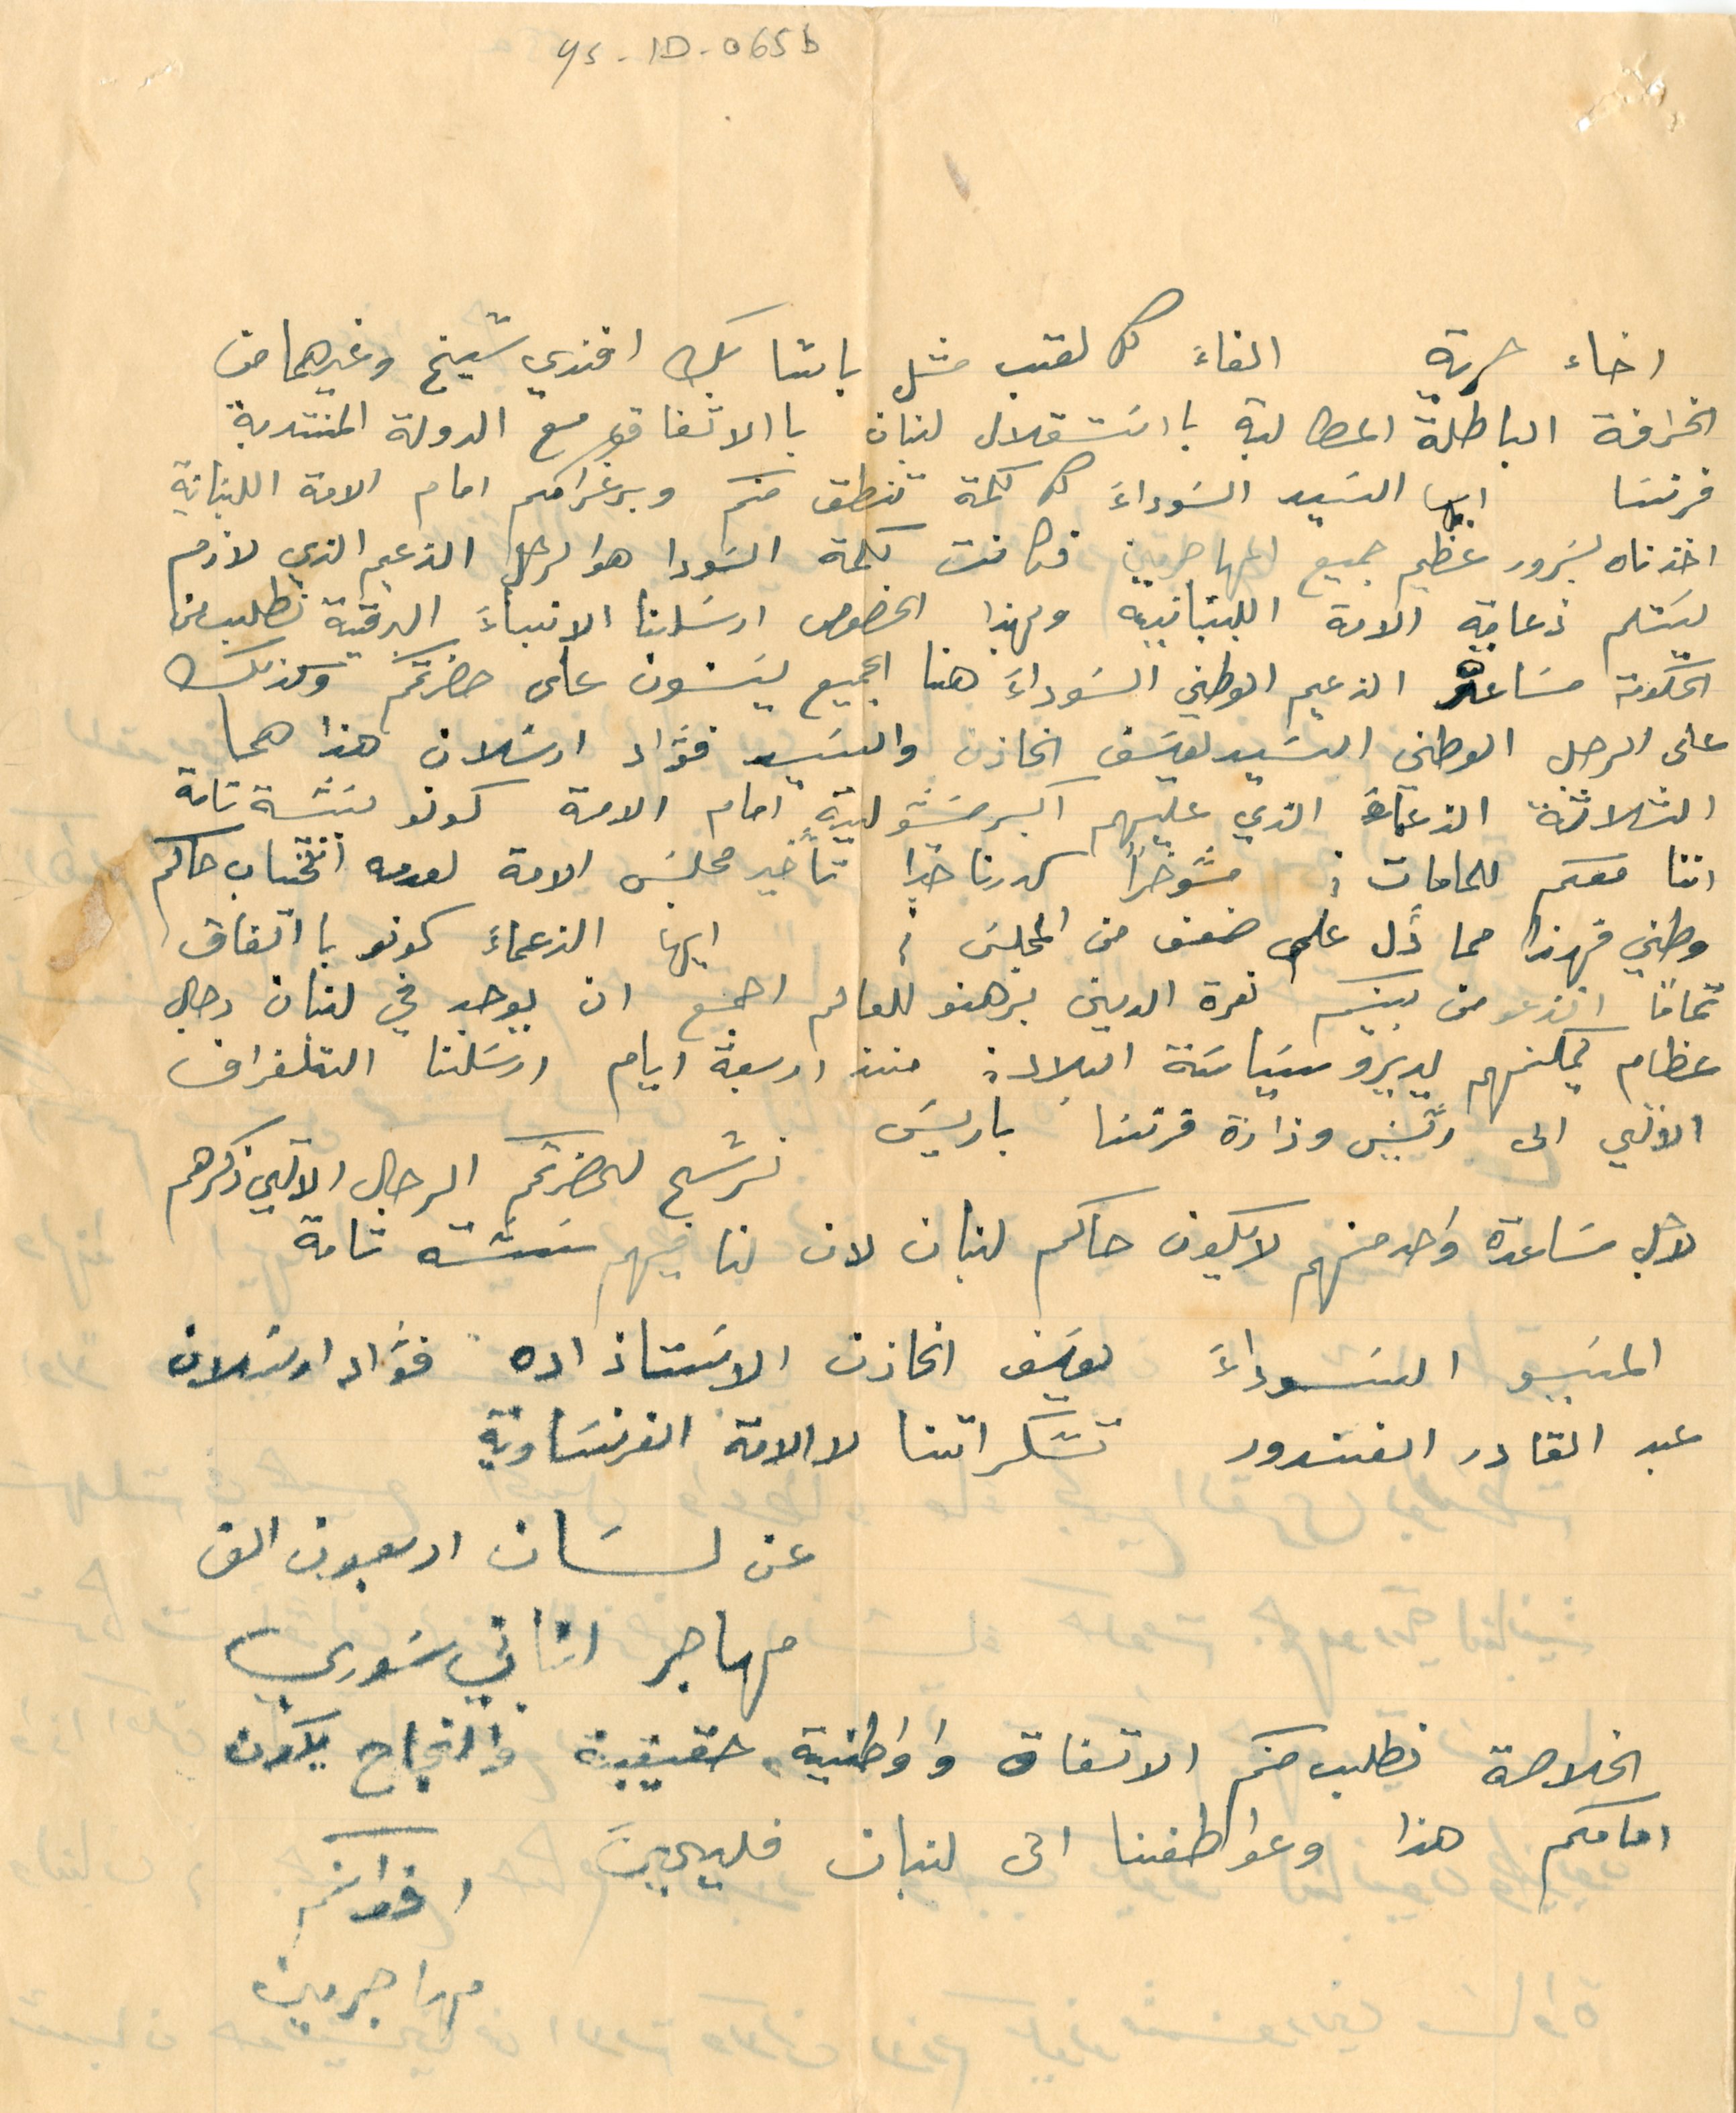
YS-1D-065b
اخاء حرية الغاء كل لقب مثل باشا بك افندي شيخ وغيرهما

الخرافة الباطلة المطالبة بااسَتقلال لبنان باالاتفاق مع الدولة المنتدبة
فرنسا ايها السَيد السَوداءَ كل كلمة تنطق منكم وبرغرامكم امام الامة اللبنانية
اخذناه بسَرور عظيم جميع المهاجرين فكانت كلمة السَودا  هو الرجل الزعيم الذي لازم
يسَتلم ذعامة الامة اللبنانية وبهذا الخصوص ارسَلنا الانباءَ البرقية نطلب من
الحكومة مسَاعده الزعيم الوطني السَوداءَ هنا الجميع يسَنون على حضرتكم وكذلك
على الرجل الوطني السَيد يوسَف الخازن والسَيد فؤاد ارسلان هذا هما
الثلاثة الزعمَاءَ الذي عليهم اكبر مسَؤلية امام الامة كونو نثة تامة
اننا معكم للمامات؛ موخراً كدرنا خيرا تأخير مجلسَ الامة لعدمه انتخاب حاكم
وطني فهذا مما دََّل على ضعف من المجلسَ؛ ايها الزعماءَ كونو بااتفاق
تماماً انزعو من بينكم نعرة الدين برهنو للعالم اجمع ان يوجد في لبنان رجال
عظام يمكنهم يديرو سَياسَة البلاد: منذ اربعة ايام ارسَلنا التلغراف
الالي الى رئيس وزارة فرنسَا باريسَ نرشح لحضرتكم الرجال الاتي ذكرهم
لاجل مساعدة واحد منهم لايكون حاكم لبنان لان لنا فيهم نثة تامة
المسَيو السَوداءَ   يوسَف الخازن  الاسَتاذ اده  فؤاد ارسَلان
عبد القادر الغندور  تشكراتنا لاالامة الفرنسَاوية
عن لسَان اربعون الف
مهاجر لبناني سَوري

الخلاصة نطلب منكم الاتفاق واواطنية حقيقية والنجاح يكون
امامكم هذا وعواطفنا الى لبنان فليحيَ
اخوانكم
مهاجرين